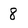
Character: 8